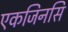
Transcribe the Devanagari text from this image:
एकजिनसि